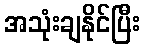
အသုံးချနိုင်ပြီး